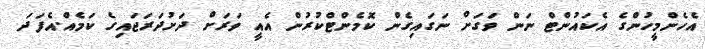
އެހެންމީހުންގެ އެކައުންޓް ނަން ވަގަށް ނަގައިގެން ކޮމެންޓްކުރުން އެއީ ވަރަށް ދަށުދަރަޖައިގެ ކަމެއް.އެފަދަ